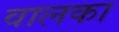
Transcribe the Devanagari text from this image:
वालका